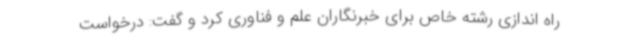
راه اندازی رشته خاص برای خبرنگاران علم و فناوری کرد و گفت: درخواست